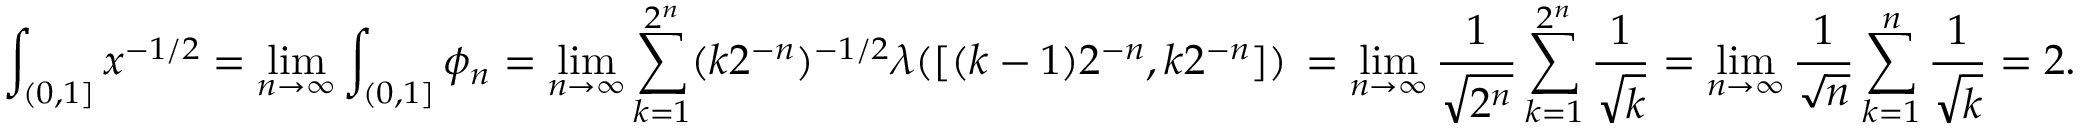
\int _ { ( 0 , 1 ] } x ^ { - 1 / 2 } = \operatorname* { l i m } _ { n \to \infty } \int _ { ( 0 , 1 ] } \phi _ { n } = \operatorname* { l i m } _ { n \to \infty } \sum _ { k = 1 } ^ { 2 ^ { n } } ( k 2 ^ { - n } ) ^ { - 1 / 2 } \lambda ( [ ( k - 1 ) 2 ^ { - n } , k { 2 ^ { - n } } ] ) \, = \operatorname* { l i m } _ { n \to \infty } \frac 1 { \sqrt { 2 ^ { n } } } \sum _ { k = 1 } ^ { 2 ^ { n } } \frac 1 { \sqrt { k } } = \operatorname* { l i m } _ { n \to \infty } \frac 1 { \sqrt { n } } \sum _ { k = 1 } ^ { n } \frac 1 { \sqrt { k } } = 2 .